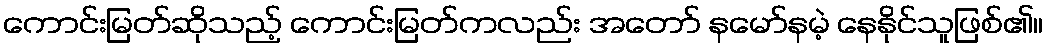
ကောင်းမြတ်ဆိုသည့် ကောင်းမြတ်ကလည်း အတော် နမော်နမဲ့ နေနိုင်သူဖြစ်၏။